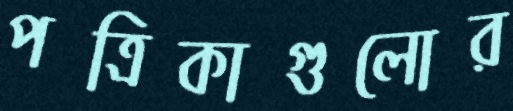
পত্রিকাগুলোর